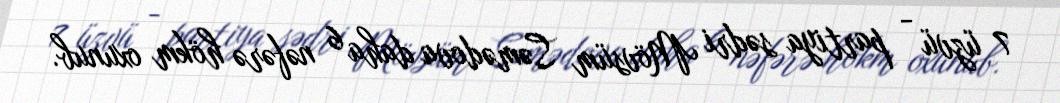
7 üzvü - partiya sədri Mövsüm Səmədova daha 6 nəfərə hökm oxunub.